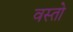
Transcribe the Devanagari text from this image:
वस्तो